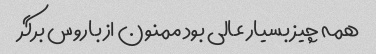
همه چیز بسیار عالی بود ممنون از باروس برگر